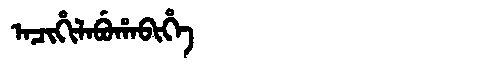
Manchu: ᠠᠴᡳᡥᡳᠯᠠᠪᡠᡥᠠᠪᡳᡥᡝ
Romanization: ACIHILABUHABIHE